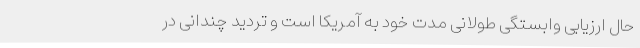
حال ارزیابی وابستگی طولانی مدت خود به آمریکا است و تردید چندانی در